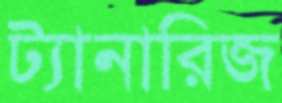
ট্যানারিজ